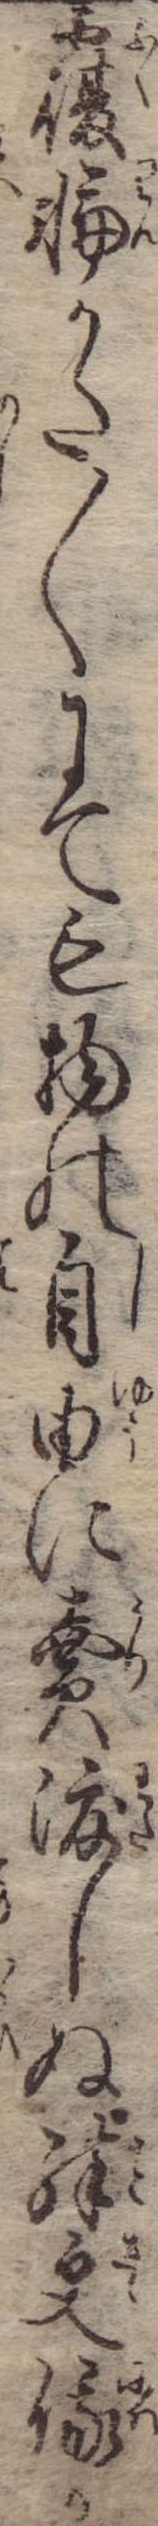
覆輪かた〱にても物の自由に売渡しぬ殊更俄か